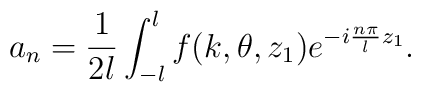
a_n = \frac{1}{2 l} \int_{-l}^{l} f(k, \theta, z_1) e^{-i \frac{n\pi}{l} z_1}.